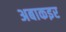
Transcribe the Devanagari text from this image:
अबाकइर